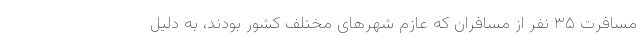
مسافرت ۳۵ نفر از مسافران که عازم شهرهای مختلف کشور بودند، به دلیل